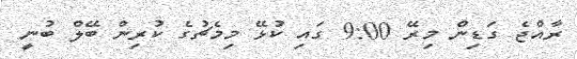
ރާއްޖެ ގަޑިން މިރޭ 9:00 ގައި ކުޅޭ މިމެޗުގެ ކުރިން ބޭލް ބުނީ